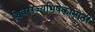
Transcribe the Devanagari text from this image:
शिवराज्यभिषेकासाठी